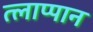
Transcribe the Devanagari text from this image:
त्लाप्पान